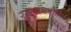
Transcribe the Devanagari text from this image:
रसायनभौतिकी